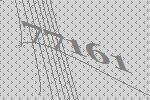
77161